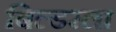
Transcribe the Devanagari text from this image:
बिल्डरला